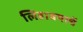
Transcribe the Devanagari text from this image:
लिहावयाचें